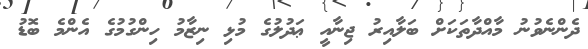
ދެންނެވުނު މާއްދާތަކަށް ބަލާއިރު ޖިނާއީ ޢަދުލުގެ މުޅި ނިޒާމު ހިންގުމުގެ އެންމެ ބޮޑު